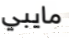
مايبي